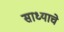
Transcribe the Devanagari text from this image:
साध्याचे